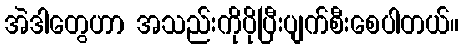
အဲဒါတွေဟာ အသည်းကိုပိုပြီးပျက်စီးစေပါတယ်။